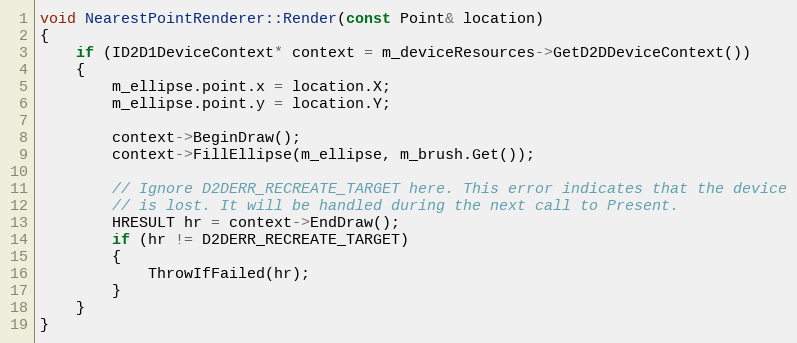
Language: C++
void NearestPointRenderer::Render(const Point& location)
{
    if (ID2D1DeviceContext* context = m_deviceResources->GetD2DDeviceContext())
    {
        m_ellipse.point.x = location.X;
        m_ellipse.point.y = location.Y;

        context->BeginDraw();
        context->FillEllipse(m_ellipse, m_brush.Get());

        // Ignore D2DERR_RECREATE_TARGET here. This error indicates that the device
        // is lost. It will be handled during the next call to Present.
        HRESULT hr = context->EndDraw();
        if (hr != D2DERR_RECREATE_TARGET)
        {
            ThrowIfFailed(hr);
        }
    }
}